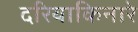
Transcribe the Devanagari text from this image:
दरियाकिनारे